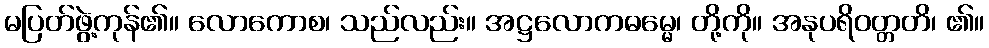
မပြတ်ဖွဲ့ကုန်၏။ လောကောစ၊ သည်လည်း။ အဋ္ဌလောကဓမ္မေ၊ တို့ကို။ အနုပရိဝတ္တတိ၊ ၏။